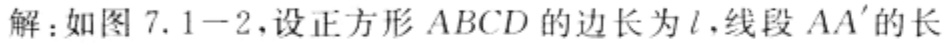
解：如图 7.1 - 2，设正方形 \(ABCD\) 的边长为 \(l\)，线段 \(AA'\) 的长